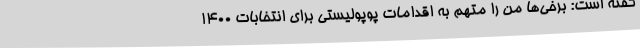
گفته است: برخی‌ها من را متهم به اقدامات پوپولیستی برای انتخابات 1400